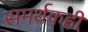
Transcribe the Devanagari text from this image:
समर्थकही